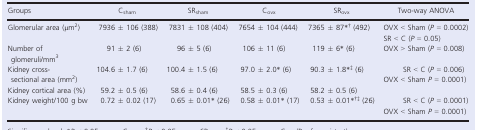
<table><thead><tr><td><b>Groups</b></td><td><b>C<sub>sham</sub></b></td><td><b>SR<sub>sham</sub></b></td><td><b>C<sub>ovx</sub></b></td><td><b>SR<sub>ovx</sub></b></td><td><b>Two‐way ANOVA</b></td></tr></thead><tbody><tr><td>Glomerular area (μm<sup>2</sup>)</td><td>7936 ± 106 (388)</td><td>7831 ± 108 (404)</td><td>7654 ± 104 (444)</td><td>7365 ± 87*, † (492)</td><td>OVX &lt; Sham (<i>P</i> = 0.0002)SR &lt; C (<i>P</i> = 0.05)</td></tr><tr><td>Number of glomeruli/mm<sup>3</sup></td><td>91 ± 2 (6)</td><td>96 ± 5 (6)</td><td>106 ± 11 (6)</td><td>119 ± 6* (6)</td><td>OVX &gt; Sham (<i>P</i> = 0.008)</td></tr><tr><td>Kidney cross‐sectional area (mm<sup>2</sup>)</td><td>104.6 ± 1.7 (6)</td><td>100.4 ± 1.5 (6)</td><td>97.0 ± 2.0* (6)</td><td>90.3 ± 1.8*, ‡ (6)</td><td>SR &lt; C (<i>P</i> = 0.006)OVX &lt; Sham <i>P</i> = 0.0001)</td></tr><tr><td>Kidney cortical area (%)</td><td>59.2 ± 0.5 (6)</td><td>58.6 ± 0.4 (6)</td><td>58.5 ± 0.3 (6)</td><td>58.2 ± 0.5 (6)</td><td></td></tr><tr><td>Kidney weight/100 g bw</td><td>0.72 ± 0.02 (17)</td><td>0.65 ± 0.01* (26)</td><td>0.58 ± 0.01* (17)</td><td>0.53 ± 0.01*, †, ‡ (26)</td><td>SR &lt; C (<i>P</i> = 0.0001)OVX &lt; Sham <i>P</i> = 0.0001)</td></tr></tbody></table>